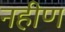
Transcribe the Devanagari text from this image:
नहीण